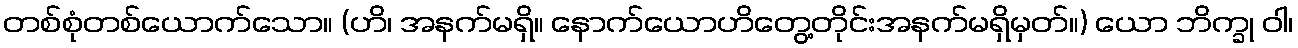
တစ်စုံတစ်ယောက်သော။ (ဟိ၊ အနက်မရှိ။ နောက်ယောဟိတွေ့တိုင်းအနက်မရှိမှတ်။) ယော ဘိက္ခု ဝါ၊